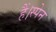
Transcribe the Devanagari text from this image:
हैं।स्पेन